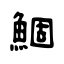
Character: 鯝